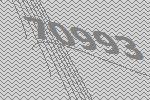
70993